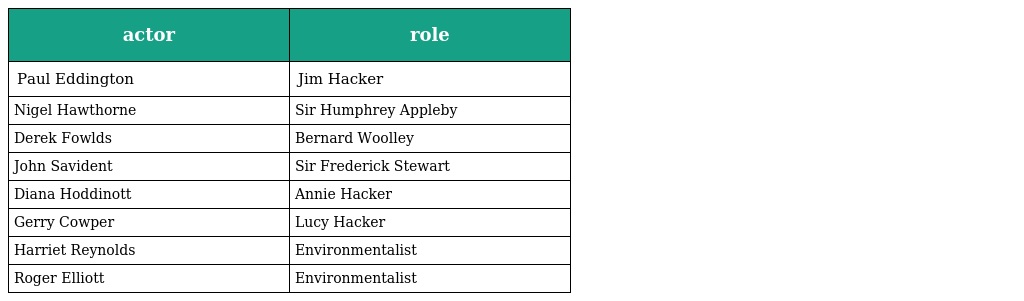
| actor | role |
 | --- | --- |
 | Paul Eddington | Jim Hacker |
 | Nigel Hawthorne | Sir Humphrey Appleby |
 | Derek Fowlds | Bernard Woolley |
 | John Savident | Sir Frederick Stewart |
 | Diana Hoddinott | Annie Hacker |
 | Gerry Cowper | Lucy Hacker |
 | Harriet Reynolds | Environmentalist |
 | Roger Elliott | Environmentalist |